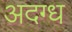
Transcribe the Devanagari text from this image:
अदग्ध